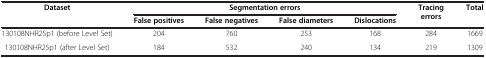
| <ROWSPAN=2> Dataset | <COLSPAN=4> Segmentation errors | <ROWSPAN=2> Tracing errors | <ROWSPAN=2> Total |
 | False positives | False negatives | False diameters | Dislocations |
 | --- | --- | --- | --- | --- | --- | --- |
 | 130108NHR25p1 (before Level Set) | 204 | 760 | 253 | 168 | 284 | 1669 |
 | 130108NHR25p1 (after Level Set) | 184 | 532 | 240 | 134 | 219 | 1309 |